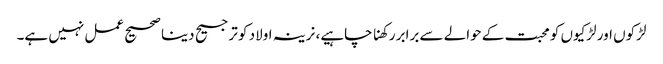
لڑکوں اور لڑکیوں کو محبت کے حوالے سے برابر رکھنا چاہیے، نرینہ اولاد کو ترجیح دینا صحیح عمل نہیں ہے۔